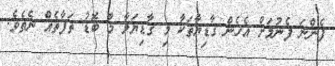
ފެންނަ ފެނުމަށް އެހެން ގާޑިޔާތަކާ މި ގާޑިޔަލާ މާ ބޮޑު ތަފާތެއް ނެތެވެ.